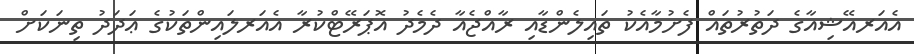
އެއަރއޭޝިއާގެ ދަތުރުތައް ފެށުމާއެކު ތައިލެންޑާއި ރާއްޖެއާ ދެމެދު އޮޕަރޭޓްކުރާ އެއަރލައިންތަކުގެ ޢަދަދު ތިނަކަށް